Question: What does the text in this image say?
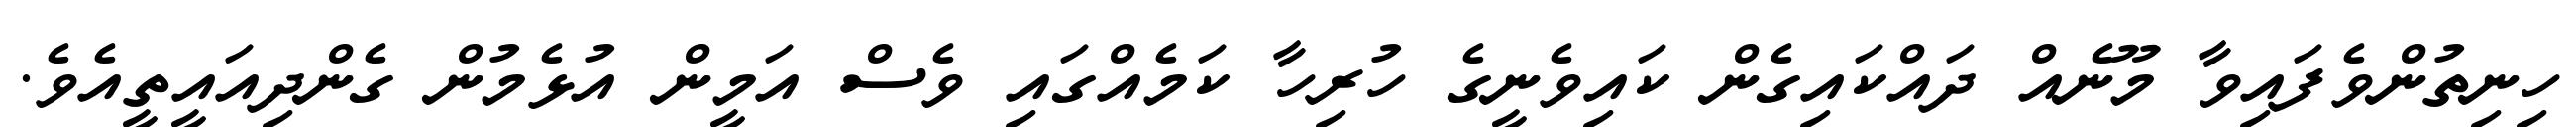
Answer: ހިނިތުންވެފައިވާ މޫނެއް ދައްކައިގެން ކައިވެނީގެ ހުރިހާ ކަމެއްގައި ވެސް އަމީން އުޅެމުން ގެންދިއައީތީއެވެ.